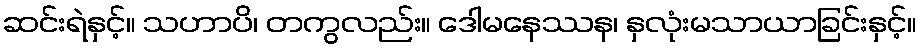
ဆင်းရဲနှင့်။ သဟာပိ၊ တကွလည်း။ ဒေါမနေဿန၊ နှလုံးမသာယာခြင်းနှင့်။